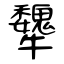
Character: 犩